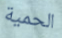
الحمية